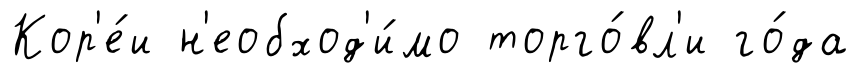
Кор'е́и н'еобход'и́мо торго́вл'и го́да